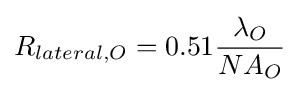
R_{lateral,O}=0.51{\frac {\lambda _{O}}{NA_{O}}}